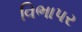
વિભાપર